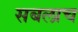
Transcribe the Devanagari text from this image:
सबलाच